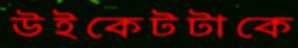
উইকেটটাকে